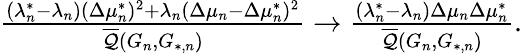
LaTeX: \begin{array}{r}{\frac{(\lambda_{n}^{*}-\lambda_{n})(\Delta\mu_{n}^{*})^{2}+\lambda_{n}(\Delta\mu_{n}-\Delta\mu_{n}^{*})^{2}}{\overline{{\mathcal{Q}}}(G_{n},G_{*,n})}\to\frac{(\lambda_{n}^{*}-\lambda_{n})\Delta\mu_{n}\Delta\mu_{n}^{*}}{\overline{{\mathcal{Q}}}(G_{n},G_{*,n})}.}\end{array}